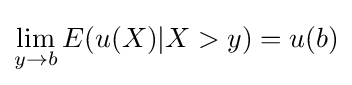
\lim _{y\to b}E(u(X)|X>y)=u(b)